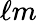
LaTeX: \ell m